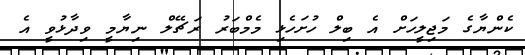
ކެންޔާގެ މަޖިލީހަށް އެ ބިލް ހުށަހެޅި މެމްބަރު ރަޗޭލް ނިޔާމީ ވިދާޅުވީ އެ